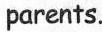
parents.